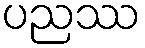
ပညဿ